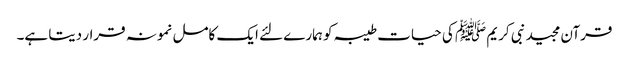
قرآن مجید نبی کریم ﷺ کی حیات طیبہ کو ہمارے لئے ایک کامل نمونہ قرار دیتا ہے۔